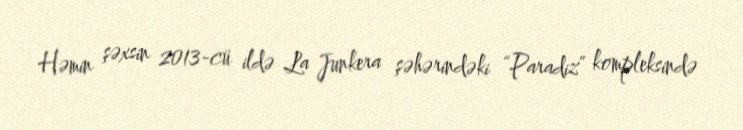
Həmin şəxsin 2013-cü ildə La Junkera şəhərindəki “Paradiz” kompleksində